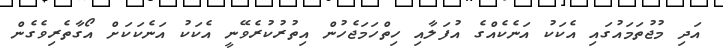
އަދި މުޖުތަމައުގައި އެކަކު އަނެކެއްގެ އުފަލާއި ހިތްހަމަޖެހުން އިތުރުކުރެވޭނީ އެކަކު އަނެކަކަށް އޯގާތެރިވެގެން